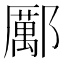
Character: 𨞺